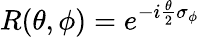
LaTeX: R(\theta,\phi)=e^{-i\frac{\theta}{2}\sigma_{\phi}}